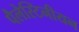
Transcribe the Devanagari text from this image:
पैलेस्टिनीयन